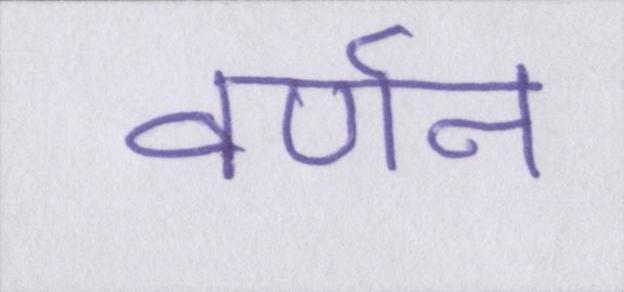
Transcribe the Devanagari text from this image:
वर्णन